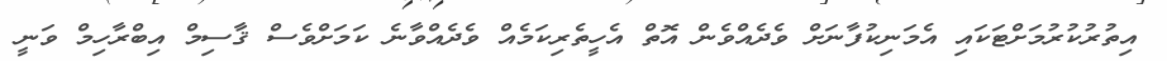
އިތުރުކުރުމަށްޓަކައި އެމަނިކުފާނަށް ވެދެއްވެން އޮތް އެހީތެރިކަމެއް ވެދެއްވާނެ ކަމަށްވެސް ޤާސިމް އިބްރާހިމް ވަނީ